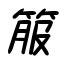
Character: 箙